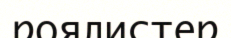
роялистер